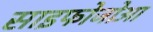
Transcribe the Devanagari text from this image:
साइफोजोआ